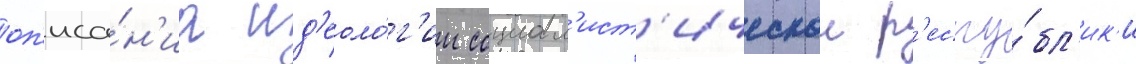
оп'иса́н'иа ид'еоло́г'ии социал'ист'ическои р'еспу́бл'ик'и